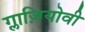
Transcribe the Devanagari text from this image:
ग्लाज़ियोवी